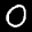
Label: 0